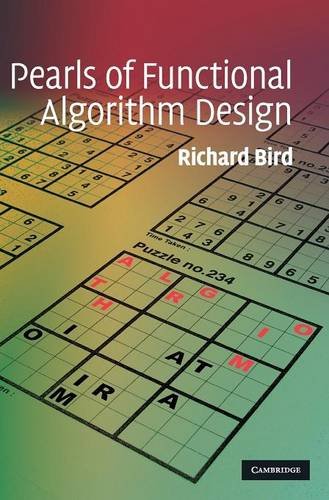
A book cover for Pearls of Functional Algorithm Design; Richard Bird; Computers & Technology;